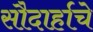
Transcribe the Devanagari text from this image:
सौदार्हाचे